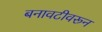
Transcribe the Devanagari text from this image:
बनावटीवरून